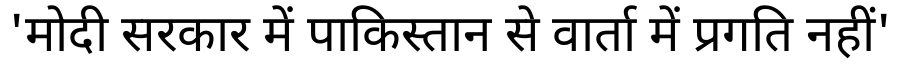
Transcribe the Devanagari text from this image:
'मोदी सरकार में पाकिस्तान से वार्ता में प्रगति नहीं'